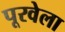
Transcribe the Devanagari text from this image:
पूरवेला